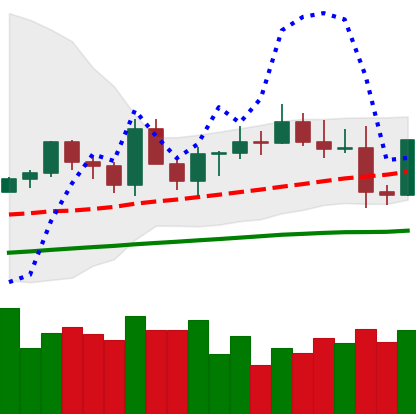
Ticker: EOS-USD
Chart end date: 2021-03-26
Forward return: 14.953%
Label: up_7plus